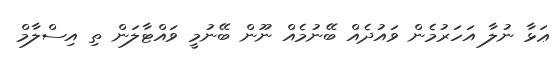
ޢަޅާ ނުލާ އަހަރުމެން ވައުދެއް ބޭނުމެއް ނޫން ބޭނުމީ ވައްޓާލަން ތި އިސްލާމް